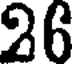
26